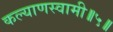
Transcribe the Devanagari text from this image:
कल्याणस्वामी॥५॥